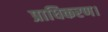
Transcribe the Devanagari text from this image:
प्राधिकरण।